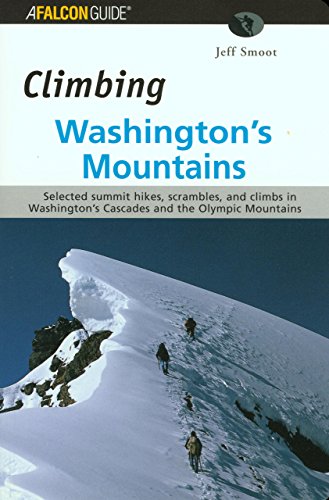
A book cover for Climbing Washington's Mountains (Climbing Mountains Series); Jeff Smoot; Sports & Outdoors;